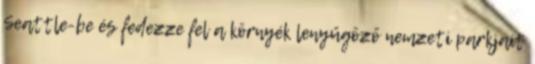
Seattle-be és fedezze fel a környék lenyűgöző nemzeti parkjait